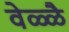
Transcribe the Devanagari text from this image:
वेळ्ळै